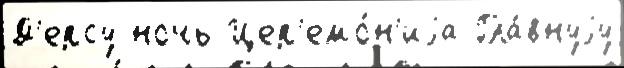
Д'ерсу ночь Цер'емо́н'иjа Гла́внуjу